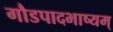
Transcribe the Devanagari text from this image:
गौडपादभाष्‍यम्